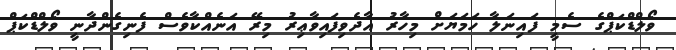
ވޯލްޑްކަޕްގެ ސެމީ ފައިނަލާ ހަމަޔަށް މިހާރު އާދެވިފައިވާޢިރު މިރޭ އަނެއްކާވެސް ފެނިގެންދާނީ ވޯލްޑްކަޕް